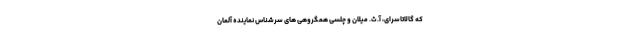
که گالاتاسرای، آ.ث. میلان و چلسی همگروهی های سرشناس نماینده آلمان